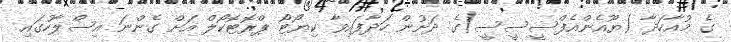
ގެ މުއާހަދާ (ޔޫއެންއެފްސީސީސީ)ގެ ދަށުން ހަދާފައިވާ ކިޔޯޓޯ ޕްރޮޓޮކޯލް އަށް ގެންނަ އިސްލާހުގައި